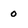
Character: 0